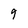
Character: 9